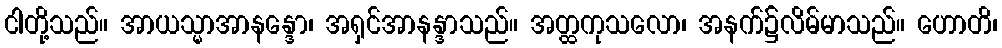
ငါတို့သည်။ အာယသ္မာအာနန္ဒော၊ အရှင်အာနန္ဒာသည်။ အတ္ထကုသလော၊ အနက်၌လိမ်မာသည်။ ဟောတိ၊